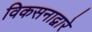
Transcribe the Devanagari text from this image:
विकसनाद्वारे